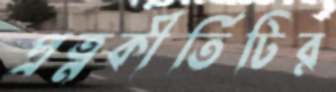
প্রত্নকীর্তিটির